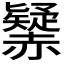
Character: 𧹾